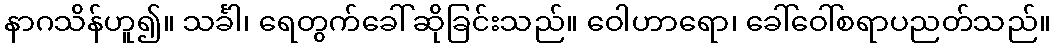
နာဂသိန်ဟူ၍။ သင်္ခါ၊ ရေတွက်ခေါ်ဆိုခြင်းသည်။ ဝေါဟာရော၊ ခေါ်ဝေါ်စရာပညတ်သည်။